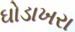
ઘોડાખરા